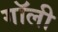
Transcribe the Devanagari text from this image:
गॉली